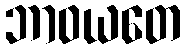
ဘာဝယတေ